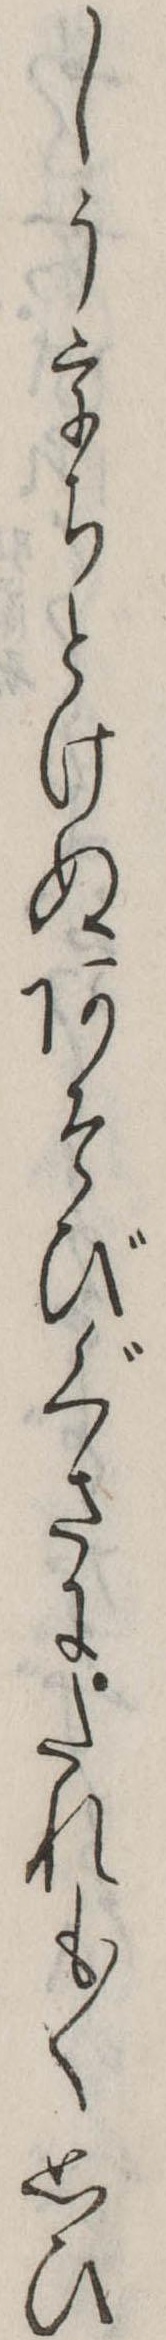
しううちとけぬあそびぐさにたれも〱思ひ